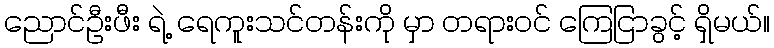
ညောင်ဦးဖီး ရဲ့ ရေကူးသင်တန်းကို မှာ တရားဝင် ကြေငြာခွင့် ရှိမယ်။